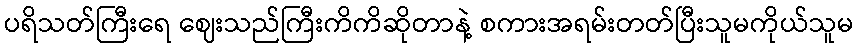
ပရိသတ်ကြီးရေ ဈေးသည်ကြီးကိကိဆိုတာနဲ့ စကားအရမ်းတတ်ပြီးသူမကိုယ်သူမ